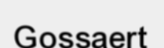
Gossaert